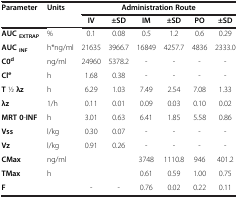
<table><thead><tr><td><b>Parameter</b></td><td><b>Units</b></td><td colspan="6"><b>Administration Route</b></td></tr><tr><td><b> </b></td><td><b> </b></td><td><b>IV</b></td><td><b>±SD</b></td><td><b>IM</b></td><td><b>±SD</b></td><td><b>PO</b></td><td><b>±SD</b></td></tr></thead><tbody><tr><td><b>AUC </b><sub><b>EXTRAP</b></sub></td><td>%</td><td>0.1</td><td>0.08</td><td>0.5</td><td>1.2</td><td>0.6</td><td>0.29</td></tr><tr><td><b>AUC </b><sub><b>INF</b></sub></td><td>h*ng/ml</td><td>21635</td><td>3966.7</td><td>16849</td><td>4257.7</td><td>4836</td><td>2333.0</td></tr><tr><td><b>C0</b><sup><b>d</b></sup></td><td>ng/ml</td><td>24960</td><td>5378.2</td><td>-</td><td>-</td><td>-</td><td>-</td></tr><tr><td><b>Cl</b><sup><b>e</b></sup></td><td>h</td><td>1.68</td><td>0.38</td><td>-</td><td>-</td><td>-</td><td>-</td></tr><tr><td><b>T</b> 1⁄2 <b>λz</b></td><td>h</td><td>6.29</td><td>1.03</td><td>7.49</td><td>2.54</td><td>7.08</td><td>1.33</td></tr><tr><td><b>λz</b></td><td>1/h</td><td>0.11</td><td>0.01</td><td>0.09</td><td>0.03</td><td>0.10</td><td>0.02</td></tr><tr><td><b>MRT 0</b>-<b>INF</b></td><td>h</td><td>3.01</td><td>0.63</td><td>6.41</td><td>1.85</td><td>5.58</td><td>0.86</td></tr><tr><td><b>Vss</b></td><td>l/kg</td><td>0.30</td><td>0.07</td><td>-</td><td>-</td><td>-</td><td>-</td></tr><tr><td><b>Vz</b></td><td>l/kg</td><td>0.91</td><td>0.26</td><td>-</td><td>-</td><td>-</td><td>-</td></tr><tr><td><b>CMax</b></td><td>ng/ml</td><td> </td><td> </td><td>3748</td><td>1110.8</td><td>946</td><td>401.2</td></tr><tr><td><b>TMax</b></td><td>h</td><td> </td><td> </td><td>0.61</td><td>0.59</td><td>1.00</td><td>0.75</td></tr><tr><td><b>F</b></td><td> </td><td>-</td><td>-</td><td>0.76</td><td>0.02</td><td>0.22</td><td>0.11</td></tr></tbody></table>